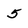
Character: 5